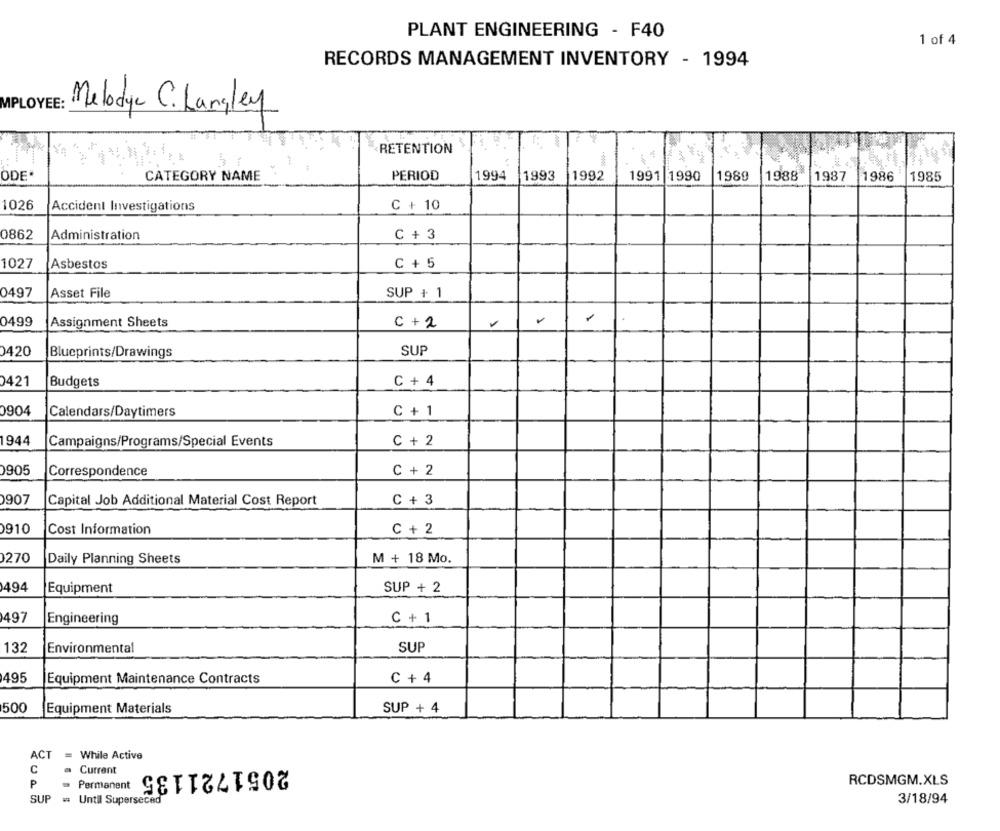
PLANT ENGINEERING - F40
1 of 4
RECORDS MANAGEMENT INVENTORY - 1994
MPLOYEE:
Melodye C. Langley
RETENTION
ODE*
CATEGORY NAME
PERIOD
1993
1989
1988
1994
1992
1991 1990
1987
1986
1985
1026
Accident Investigations
C + 10
0862
Administration
C + 3
1027
Asbestos
C + 5
0497
Asset File
SUP + 1
0499
Assignment Sheets
C +2
1
0420
Blueprints/Drawings
SUP
0421
Budgets
C + 4
0904
Calendars/Daytimers
C + 1
Campaigns/Programs/Special Events
C + 2
905
Correspondence
C + 2
0907
C + 3
Capital Job Additional Material Cost Report
0910
Cost Information
C + 2
270
Daily Planning Sheets
M + 18 Mo.
494
Equipment
SUP + 2
1497
Engineering
C + 1
SUP
132
Environmental
1495
Equipment Maintenance Contracts
C + 4
500
Equipment Materials
SUP + 4
ACT = While Active
C
a Current
2051721135
RCDSMGM.XLS
P
Permanent
3/18/94
SUP =* Until Superseced